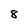
Character: 8